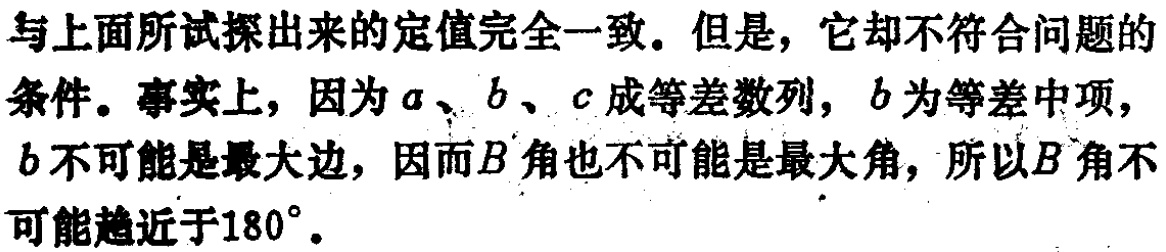
与上面所试探出来的定值完全一致。但是，它却不符合问题的条件。事实上，因为\(a\)、\(b\)、\(c\)成等差数列，\(b\)为等差中项，\(b\)不可能是最大边，因而\(B\)角也不可能是最大角，所以\(B\)角不可能趋近于\(180^{\circ}\)。